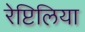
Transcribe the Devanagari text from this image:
रेप्टिलिया